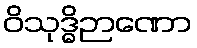
ဝိသုဒ္ဓိဉာဏော